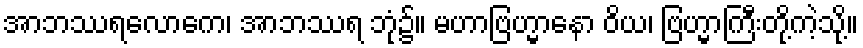
အာဘဿရလောကေ၊ အာဘဿရ ဘုံ၌။ မဟာဗြဟ္မာနော ဝိယ၊ ဗြဟ္မာကြီးတို့ကဲ့သို့။